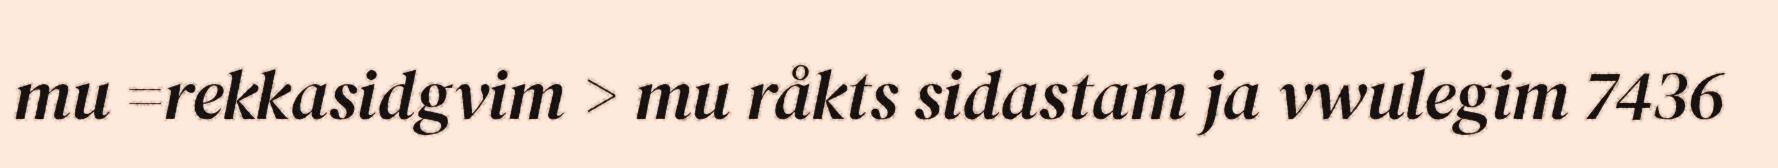
mu =rekkasidgvim > mu råkts sidastam ja vwulegim 7436